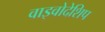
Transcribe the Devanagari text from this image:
वाइवोदेशिप